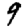
Digit: 9